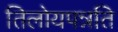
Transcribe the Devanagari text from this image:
तिलोयपन्नति